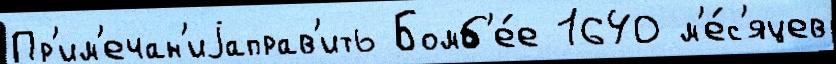
Пр'им'ечан'иjаправ'ить Бомб'е́е 1640 м'е́с'яцев